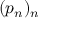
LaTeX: ( p _ { n } ) _ { n }